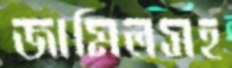
জামিলসহ